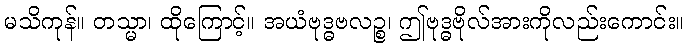
မသိကုန်။ တသ္မာ၊ ထိုကြောင့်။ အယံဗုဒ္ဓဗလဉ္စ၊ ဤဗုဒ္ဓဗိုလ်အားကိုလည်းကောင်း။